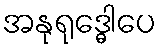
အနုရုဒ္ဓေါပေ